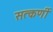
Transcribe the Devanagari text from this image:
सत्कर्णी